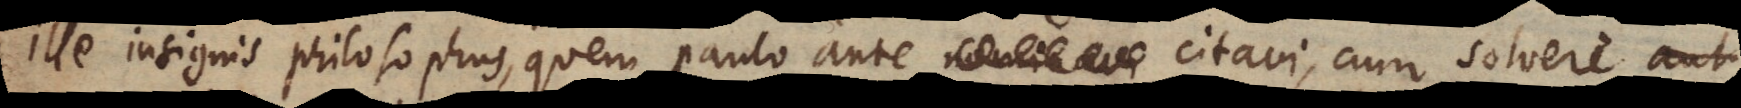
ille insignis philosophus, quem paulo ante nominavi citavi, cum solvere aut